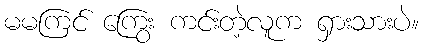
မမကြင် ကြွေး ကင်းတဲ့လူက ရှားသားပဲ။